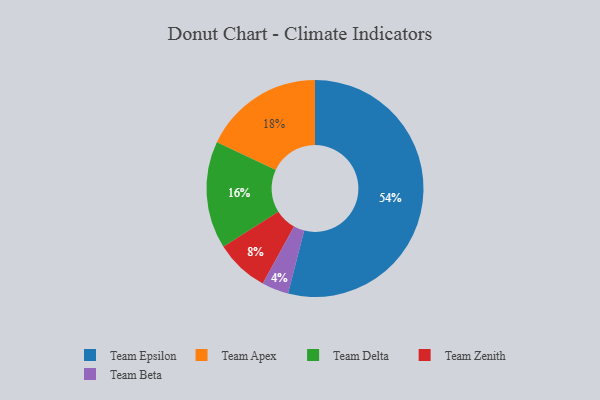
{"axis": {"x": "Category", "y": "Percentage"}, "legend": ["Team Apex", "Team Beta", "Team Delta", "Team Epsilon", "Team Zenith"], "data": [{"x": "Team Delta", "y": 16, "type": "Team Delta"}, {"x": "Team Beta", "y": 4, "type": "Team Beta"}, {"x": "Team Zenith", "y": 8, "type": "Team Zenith"}, {"x": "Team Apex", "y": 18, "type": "Team Apex"}, {"x": "Team Epsilon", "y": 54, "type": "Team Epsilon"}]}